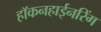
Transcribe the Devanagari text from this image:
हॉकनहाईनरिंग